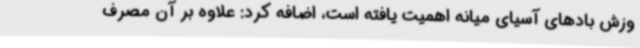
وزش بادهای آسیای میانه اهمیت یافته است، اضافه کرد: علاوه بر آن مصرف